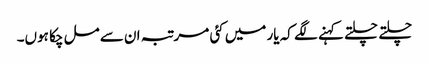
چلتے چلتے کہنے لگے کہ یار میں کئی مرتبہ ان سے مل چکا ہوں۔